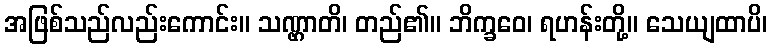
အဖြစ်သည်လည်းကောင်း။ သဏ္ဌာတိ၊ တည်၏။ ဘိက္ခဝေ၊ ရဟန်းတို့။ သေယျထာပိ၊